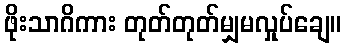
ဖိုးသာဂိကား တုတ်တုတ်မျှမလှုပ်ချေ။